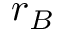
\boldsymbol { r } _ { B }